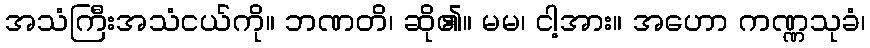
အသံကြီးအသံငယ်ကို။ ဘဏတိ၊ ဆို၏။ မမ၊ ငါ့အား။ အဟော ကဏ္ဏသုခံ၊